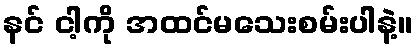
နင် ငါ့ကို အထင်မသေးစမ်းပါနဲ့။